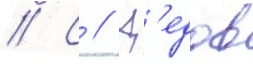
// С // Д'едов